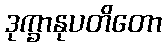
ဒုက္ခာနုပတိတော